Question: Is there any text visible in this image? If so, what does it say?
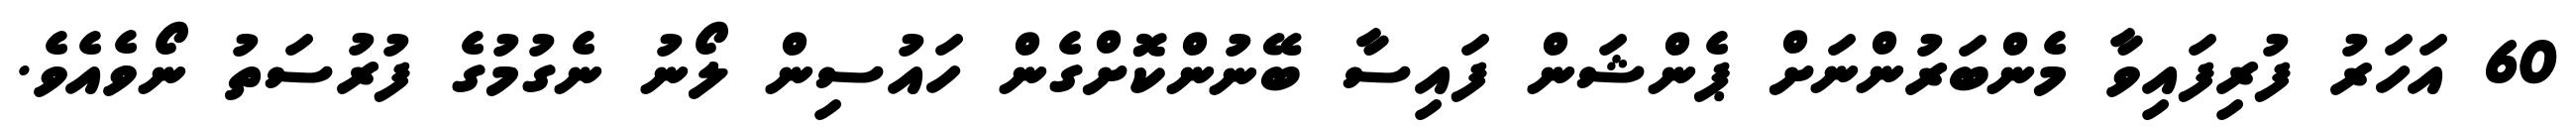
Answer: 60 އަހަރު ފުރިފައިވާ މެންބަރުންނަށް ޕެންޝަން ފައިސާ ބޭނުންކޮށްގެން ހައުސިން ލޯނު ނެގުމުގެ ފުރުސަތު ނޯވެއެވެ.